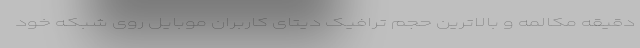
دقیقه مکالمه و بالاترین حجم ترافیک دیتای کاربران موبایل روی شبکه خود